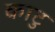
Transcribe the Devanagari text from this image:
काटु